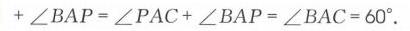
$+\angle BAP=\angle PAC+\angle BAP=\angle BAC = 60^{\circ}.$